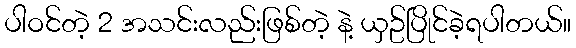
ပါဝင်တဲ့ 2 အသင်းလည်းဖြစ်တဲ့ နဲ့ ယှဥ်ပြိုင်ခဲ့ရပါတယ်။